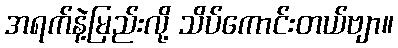
အရက်နဲ့မြည်းလို့ သိပ်ကောင်းတယ်ဗျာ။